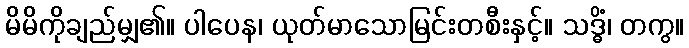
မိမိကိုချည်မျှ၏။ ပါပေန၊ ယုတ်မာသောမြင်းတစီးနှင့်။ သဒ္ဓိံ၊ တကွ။